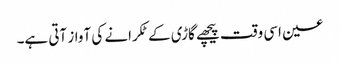
عین اسی وقت پیچھے گاڑی کے ٹکرانے کی آواز آتی ہے۔